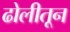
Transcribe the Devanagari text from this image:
ढोलीतून